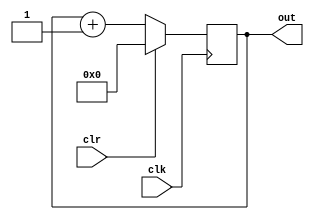
module counter(out,clk,clr);
input clk,clr;
output reg[3:0] out;
always @(posedge clk) begin
    if(clr)out<=4'b0000;
    else out<=out+1;
end
endmodule
module Processing_Element(A,B,Aout,Bout,clk,clr,read,write);
parameter N=32;
input[N-1:0] A,B;
output reg[N-1:0] Aout,Bout;
reg[N-1:0] Acc;
input clk,clr,read,write;
always @(posedge clk)begin
    if(clr & ~read & ~write)begin
        Acc<=0;
        Aout<=0;
        Bout<=0;
    end
    // else if(~clr & read & ~write)begin
    //     Acc<=B;
    // end
    // else if(~clr & write & ~read)begin
    //     Bout<=Acc;
    // end
    // else if(clr & write & ~read)begin
    //     Bout<=Acc;
    //     Acc<=0;
    // end
    // else if(~clr & write & read)begin
    //     Bout<=Acc;
    //     Acc<=B;
    // end
    else if(~clr & read & ~write)begin
      Bout<=Acc;
    end
    else if(~clr & ~read & write )begin
      Bout<=B;
    end
    else begin
        Acc<=Acc+A*B;
        Aout<=A;
        Bout<=B;
    end
end
endmodule
module PE_layer(A0,B0,B1,B2,B3,B4,A0_out,B0_out,B1_out,B2_out,B3_out,B4_out,clk,clr,read,write);
parameter N=32;
parameter M=5;
input[N-1:0] A0,B0,B1,B2,B3,B4;
output[N-1:0] A0_out,B0_out,B1_out,B2_out,B3_out,B4_out;
input clk;
input[M-1:0] clr,read,write;
wire[N-1:0] A0_temp0,A0_temp1,A0_temp2,A0_temp3;
Processing_Element PE0(A0,B0,A0_temp0,B0_out,clk,clr[0],read[0],write[0]);
Processing_Element PE1(A0_temp0,B1,A0_temp1,B1_out,clk,clr[1],read[1],write[1]);
Processing_Element PE2(A0_temp1,B2,A0_temp2,B2_out,clk,clr[2],read[2],write[2]);
Processing_Element PE3(A0_temp2,B3,A0_temp3,B3_out,clk,clr[3],read[3],write[3]);
Processing_Element PE4(A0_temp3,B4,A0_out,B4_out,clk,clr[4],read[4],write[4]);
endmodule
module Systolic_Array(A0,A1,A2,A3,A4,B0,B1,B2,B3,B4,A0_out,A1_out,A2_out,A3_out,A4_out,B0_out,B1_out,B2_out,B3_out,B4_out,clk,clr,clr_C,read,write);
parameter N=32;
parameter M=25;
input[N-1:0] A0,A1,A2,A3,A4,B0,B1,B2,B3,B4;
output[N-1:0] A0_out,A1_out,A2_out,A3_out,A4_out,B0_out,B1_out,B2_out,B3_out,B4_out;
input clk,clr_C;
input[M-1:0] clr,read,write;
wire[3:0] cout;
wire[N-1:0] B0_temp0,B1_temp0,B2_temp0,B3_temp0,B4_temp0;
wire[N-1:0] B0_temp1,B1_temp1,B2_temp1,B3_temp1,B4_temp1;
wire[N-1:0] B0_temp2,B1_temp2,B2_temp2,B3_temp2,B4_temp2;
wire[N-1:0] B0_temp3,B1_temp3,B2_temp3,B3_temp3,B4_temp3;
counter C0(cout,clk,clr_C);
PE_layer PE_layer0(A0,B0,B1,B2,B3,B4,A0_out,B0_temp0,B1_temp0,B2_temp0,B3_temp0,B4_temp0,clk,clr[4:0],read[4:0],write[4:0]);
PE_layer PE_layer1(A1,B0_temp0,B1_temp0,B2_temp0,B3_temp0,B4_temp0,A1_out,B0_temp1,B1_temp1,B2_temp1,B3_temp1,B4_temp1,clk,clr[9:5],read[9:5],write[9:5]);
PE_layer PE_layer2(A2,B0_temp1,B1_temp1,B2_temp1,B3_temp1,B4_temp1,A2_out,B0_temp2,B1_temp2,B2_temp2,B3_temp2,B4_temp2,clk,clr[14:10],read[14:10],write[14:10]);
PE_layer PE_layer3(A3,B0_temp2,B1_temp2,B2_temp2,B3_temp2,B4_temp2,A3_out,B0_temp3,B1_temp3,B2_temp3,B3_temp3,B4_temp3,clk,clr[19:15],read[19:15],write[19:15]);
PE_layer PE_layer4(A4,B0_temp3,B1_temp3,B2_temp3,B3_temp3,B4_temp3,A4_out,B0_out,B1_out,B2_out,B3_out,B4_out,clk,clr[24:20],read[24:20],write[24:20]);
endmodule
// module counter(out,clk,clr);
// input clk,clr;
// output reg[3:0] out;
// always @(posedge clk) begin
//     if(clr)out<=4'b0000;
//     else out<=out+1;
// end
// endmodule
module Controller(init,C,read,write,clr,clr_C,clk);
input init,clk;
input[3:0] C;
output reg[24:0] read,write,clr;
output reg clr_C;
reg[1:0] state;
parameter Sinit=2'b00,S1=2'b01,S2=2'b10,S3=2'b11;
always @(posedge clk) begin
    case (state)
        Sinit:state<=init?S1:Sinit;
        S1:state<=(C==4'b1101)?S2:S1;
        S2:state<=S3;
        S3:state<=(C==4'b0110)?Sinit:S3;
    endcase
end
always @(state) begin
    case(state)
    Sinit:begin read<=25'b0;write<=25'b0;clr={25{1'b1}};clr_C=1'b1; end
    S1:begin read<=25'b0;write<=25'b0;clr=25'b0;clr_C=1'b0; end
    S2:begin read<={25{1'b1}};write<=25'b0;clr=25'b0;clr_C=1'b1; end
    S3:begin read<=25'b0;write<={25{1'b1}};clr=25'b0;clr_C=1'b0; end
    endcase
end
endmodule
module Systolic_Array_Controller(init,read,write,clr,clr_C,clk);
input init,clk;
output[24:0] read,write,clr;
output clr_C;
//wire clr_C;
wire[3:0] C;
Controller C1(init,C,read,write,clr,clr_C,clk);
counter co(C,clk,clr_C);
endmodule
module Systolic_Array_with_Controller(init,clk,A0,A1,A2,A3,A4,B0,B1,B2,B3,B4,A0_out,A1_out,A2_out,A3_out,A4_out,B0_out,B1_out,B2_out,B3_out,B4_out);
parameter N=32;
parameter M=25;
input[N-1:0] A0,A1,A2,A3,A4,B0,B1,B2,B3,B4;
output[N-1:0] A0_out,A1_out,A2_out,A3_out,A4_out,B0_out,B1_out,B2_out,B3_out,B4_out;
input init,clk;
wire[24:0] read,write,clr;
wire clr_C;
Systolic_Array_Controller SAC(init,read,write,clr,clr_C,clk);
Systolic_Array SA(A0,A1,A2,A3,A4,B0,B1,B2,B3,B4,A0_out,A1_out,A2_out,A3_out,A4_out,B0_out,B1_out,B2_out,B3_out,B4_out,clk,clr,clr_C,read,write);
endmodule